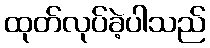
ထုတ်လုပ်ခဲ့ပါသည်